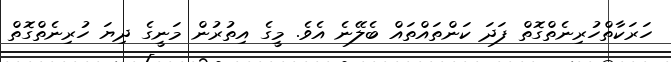
ހަރަކާތްހުރިނެތްގޮތް ފަދަ ކަންތައްތައް ބެލޭނެ އެވެ. މީގެ އިތުރުން މަނީގެ ދިޔަ ހުރިނެތްގޮތް